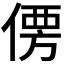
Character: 𰂣